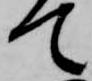
て